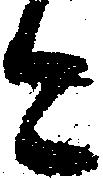
今